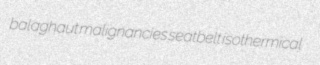
balaghaut malignancies seatbelt isothermical